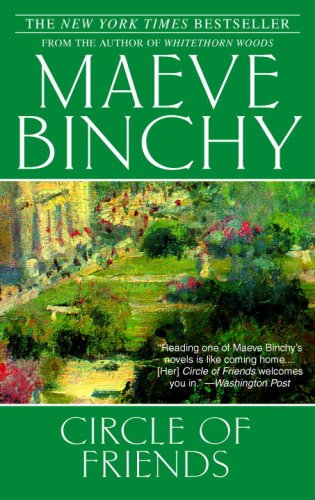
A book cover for Circle of Friends; Maeve Binchy; Literature & Fiction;